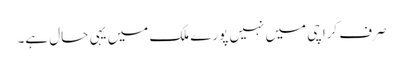
صرف کراچی میں نہیں پورے ملک میں یہی حال ہے۔